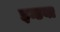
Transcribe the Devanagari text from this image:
इन्डया